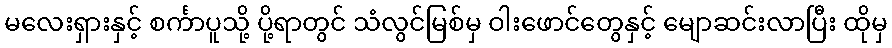
မလေးရှားနှင့် စင်္ကာပူသို့ ပို့ရာတွင် သံလွင်မြစ်မှ ဝါးဖောင်တွေနှင့် မျောဆင်းလာပြီး ထိုမှ